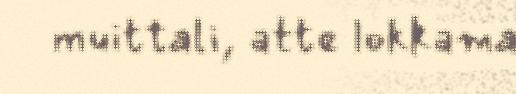
muittali, atte lokkama